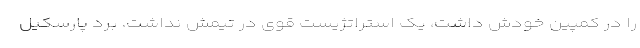
را در کمپین خودش داشت، یک استراتژیست قوی در تیمش نداشت. برد پارسکِیل